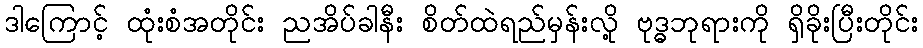
ဒါကြောင့် ထုံးစံအတိုင်း ညအိပ်ခါနီး စိတ်ထဲရည်မှန်းလို့ ဗုဒ္ဓဘုရားကို ရှိခိုးပြီးတိုင်း